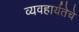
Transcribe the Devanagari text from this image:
व्यवहार्यतेचे